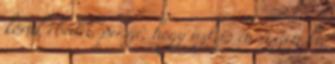
körül ebédel, persze, hogy azt is én viszem ki,